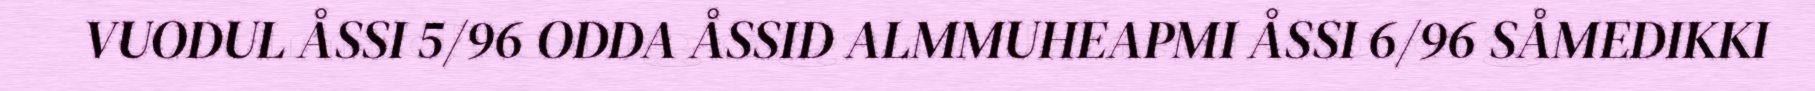
VUODUL ÅSSI 5/96 ODDA ÅSSID ALMMUHEAPMI ÅSSI 6/96 SÅMEDIKKI